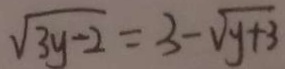
\sqrt { 3 y - 2 } = 3 - \sqrt { y + 3 }